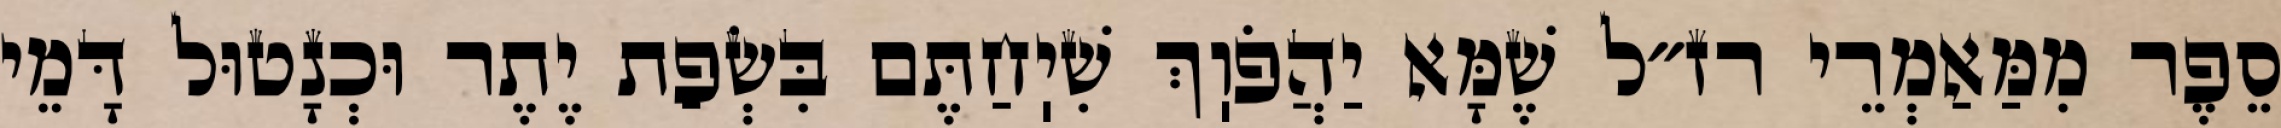
סֵפֶר מִמַּאַמְרֵי רז״ל שֶׁמָּא יַהֲפֹוֽךְ שִׁיֽחַתֶּם בִּשְׂפַת יֶתֶר וּכְנָטוּל דָּמֵי